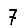
Digit: 7